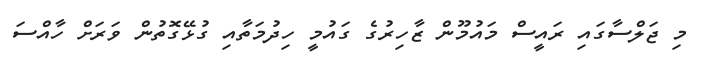
މި ޖަލްސާގައި ރައީސް މައުމޫން ޒާހިރުގެ ގައުމީ ހިދުމަތާއި ގުޅޭގޮތުން ވަރަށް ހާއްސަ